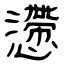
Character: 懘